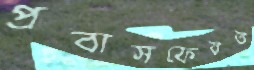
প্রবাসফেরত